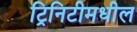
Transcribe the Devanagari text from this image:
ट्रिनिटीमधील